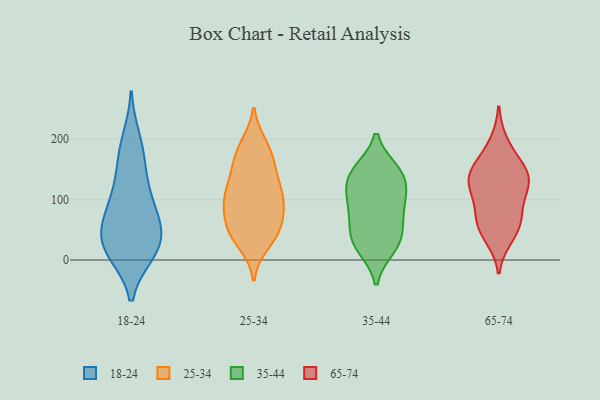
{"axis": {"x": "Energy Usage (MWh)", "y": "Value"}, "legend": ["18-24", "25-34", "35-44", "65-74"], "data": [{"x": "", "y": 152, "type": "18-24"}, {"x": "", "y": 179, "type": "18-24"}, {"x": "", "y": 200, "type": "18-24"}, {"x": "", "y": 102, "type": "18-24"}, {"x": "", "y": 26, "type": "18-24"}, {"x": "", "y": 77, "type": "18-24"}, {"x": "", "y": 121, "type": "18-24"}, {"x": "", "y": 50, "type": "18-24"}, {"x": "", "y": 77, "type": "18-24"}, {"x": "", "y": 52, "type": "18-24"}, {"x": "", "y": 35, "type": "18-24"}, {"x": "", "y": 12, "type": "18-24"}, {"x": "", "y": 13, "type": "18-24"}, {"x": "", "y": 13, "type": "18-24"}, {"x": "", "y": 69, "type": "25-34"}, {"x": "", "y": 157, "type": "25-34"}, {"x": "", "y": 41, "type": "25-34"}, {"x": "", "y": 121, "type": "25-34"}, {"x": "", "y": 39, "type": "25-34"}, {"x": "", "y": 150, "type": "25-34"}, {"x": "", "y": 150, "type": "25-34"}, {"x": "", "y": 69, "type": "25-34"}, {"x": "", "y": 87, "type": "25-34"}, {"x": "", "y": 191, "type": "25-34"}, {"x": "", "y": 102, "type": "25-34"}, {"x": "", "y": 27, "type": "25-34"}, {"x": "", "y": 86, "type": "25-34"}, {"x": "", "y": 181, "type": "25-34"}, {"x": "", "y": 109, "type": "25-34"}, {"x": "", "y": 109, "type": "25-34"}, {"x": "", "y": 48, "type": "25-34"}, {"x": "", "y": 186, "type": "25-34"}, {"x": "", "y": 110, "type": "25-34"}, {"x": "", "y": 46, "type": "25-34"}, {"x": "", "y": 39, "type": "35-44"}, {"x": "", "y": 97, "type": "35-44"}, {"x": "", "y": 147, "type": "35-44"}, {"x": "", "y": 146, "type": "35-44"}, {"x": "", "y": 139, "type": "35-44"}, {"x": "", "y": 85, "type": "35-44"}, {"x": "", "y": 132, "type": "35-44"}, {"x": "", "y": 108, "type": "35-44"}, {"x": "", "y": 25, "type": "35-44"}, {"x": "", "y": 74, "type": "35-44"}, {"x": "", "y": 42, "type": "35-44"}, {"x": "", "y": 21, "type": "35-44"}, {"x": "", "y": 141, "type": "65-74"}, {"x": "", "y": 70, "type": "65-74"}, {"x": "", "y": 85, "type": "65-74"}, {"x": "", "y": 194, "type": "65-74"}, {"x": "", "y": 52, "type": "65-74"}, {"x": "", "y": 147, "type": "65-74"}, {"x": "", "y": 38, "type": "65-74"}, {"x": "", "y": 59, "type": "65-74"}, {"x": "", "y": 164, "type": "65-74"}, {"x": "", "y": 114, "type": "65-74"}, {"x": "", "y": 120, "type": "65-74"}, {"x": "", "y": 131, "type": "65-74"}, {"x": "", "y": 137, "type": "65-74"}]}